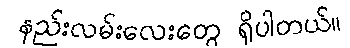
နည်းလမ်းလေးတွေ ရှိပါတယ်။